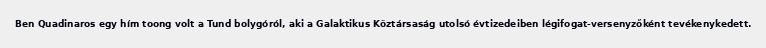
Ben Quadinaros egy hím toong volt a Tund bolygóról, aki a Galaktikus Köztársaság utolsó évtizedeiben légifogat-versenyzőként tevékenykedett.